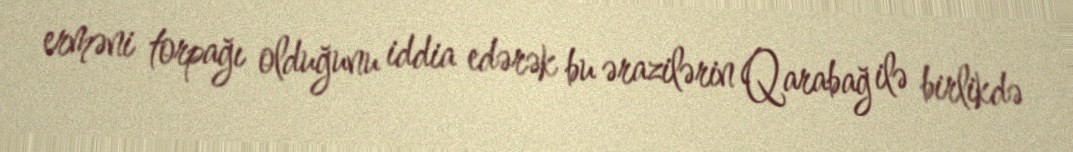
erməni torpağı olduğunu iddia edərək bu ərazilərin Qarabağ ilə birlikdə